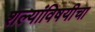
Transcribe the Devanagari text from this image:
शल्यांविषयीचा